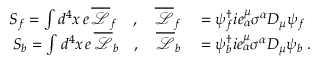
\begin{array} { r l } { S _ { f } = \int d ^ { 4 } x \, e \, \overline { { \mathcal { L } } } _ { f } \quad , \quad \overline { { \mathcal { L } } } _ { f } } & { { } = \psi _ { f } ^ { \dagger } i e _ { \alpha } ^ { \mu } \sigma ^ { \alpha } D _ { \mu } \psi _ { f } } \\ { S _ { b } = \int d ^ { 4 } x \, e \, \overline { { \mathcal { L } } } _ { b } \quad , \quad \overline { { \mathcal { L } } } _ { b } } & { { } = \psi _ { b } ^ { \dagger } i e _ { \alpha } ^ { \mu } \sigma ^ { \alpha } D _ { \mu } \psi _ { b } \; . } \end{array}